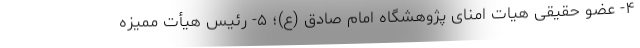
۴- عضو حقیقی هیات امنای پژوهشگاه امام صادق (ع)؛ ۵- رئیس هیأت ممیزه